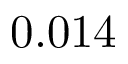
0 . 0 1 4